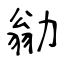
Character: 勜